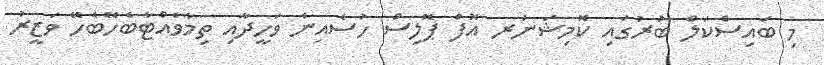
މި ބައިސްކަލް ބުރުގައި ކޮމިޝަނަރ އޮފް ޕޮލިސް ހުސެއިން ވަހީދާއި ތިމާވެއްޓާބެހޭބެހޭ ވަޒީރު